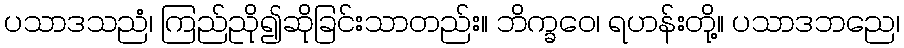
ပသာဒသညံ၊ ကြည်ညို၍ဆိုခြင်းသာတည်း။ ဘိက္ခဝေ၊ ရဟန်းတို့။ ပသာဒဘညေ၊